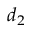
d _ { 2 }